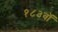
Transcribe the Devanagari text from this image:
१८३वॉ